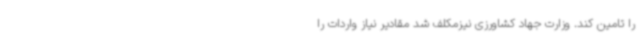
را تامین کند. وزارت جهاد کشاورزی نیزمکلف شد مقادیر نیاز واردات را